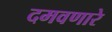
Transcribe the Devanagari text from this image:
दमवणारे